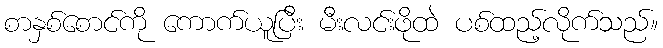
စာနှစ်စောင်ကို ကောက်ယူပြီး မီးလင်းဖိုထဲ ပစ်ထည့်လိုက်သည်။